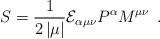
LaTeX: \begin{align*}S=\frac 1{2\left| \mu \right| }{\cal E}_{\alpha \mu \nu }P^\alpha M^{\mu \nu}\;\,.\end{align*}